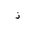
Letter: _thal